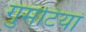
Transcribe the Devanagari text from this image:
गुमटियां